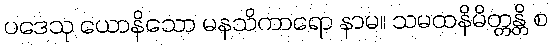
ပဒေသု ယောနိသော မနသိကာရော နာမ။ သမထနိမိတ္တန္တိ စ